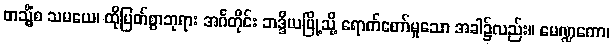
တသ္မိံစ သမယေ၊ ထိုမြတ်စွာဘုရား အင်္ဂတိုင်း ဘဒ္ဒိယမြို့သို့ ရောက်တော်မူသော အခါ၌လည်း။ မေဏ္ဍကော၊